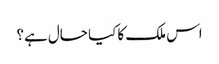
اس ملک کا کیا حال ہے؟